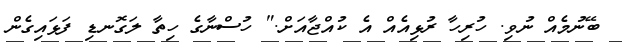
ބޭނުމެއް ނުވި. ހުރިހާ ރުޅިއެއް އެ ކުއްޖާއަށް." ހުސްނާގެ ހިތާ ލަގޮނޑި ފަޅައިގެން